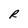
Character: R